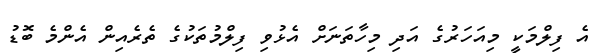
އެ ފިލްމަކީ މިއަހަރުގެ އަދި މިހާތަނަށް އެޅުވި ފިލްމުތަކުގެ ތެރެއިން އެންމެ ބޮޑު